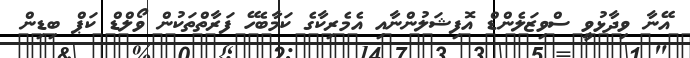
އޭނާ ވިދާޅުވީ ސްވިޒަލެންޑް އޮފިޝަލުންނާއި އެމެރިކާގެ ކަމާބެހޭ ފަރާތްތަކުން ވޯލްޑް ކަޕް ބިޑިން